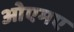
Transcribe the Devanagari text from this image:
ओएमए